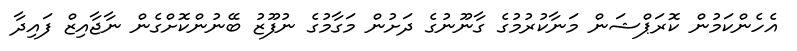
އެހެންކަމުން ކޮރަޕްޝަން މަނާކުރުމުގެ ގާނޫނުގެ ދަށުން މަގާމުގެ ނުފޫޒު ބޭނުންކޮށްގެން ނާޖާއިޒް ފައިދާ